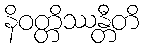
နိဝတ္တိဿန္တီတိ